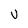
Character: v